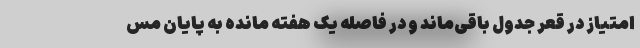
امتیاز در قعر جدول باقی‌ماند و در فاصله یک هفته مانده به پایان مس